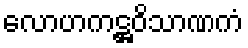
လောဟကဋ္ဌဝိသာဏကံ